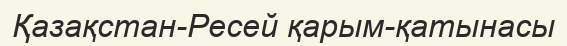
Қазақстан-Ресей қарым-қатынасы